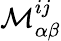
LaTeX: \mathcal{M}_{\alpha\beta}^{ij}